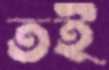
তই